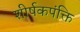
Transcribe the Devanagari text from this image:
शीर्षकपंक्ति